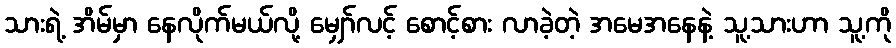
သားရဲ့ အိမ်မှာ နေလိုက်မယ်လို့ မျှော်လင့် စောင့်စား လာခဲ့တဲ့ အမေအနေနဲ့ သူ့သားဟာ သူ့ကို